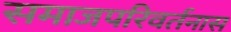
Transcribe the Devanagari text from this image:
समाजपरिवर्तनास